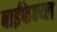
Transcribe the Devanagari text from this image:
बाईफेन्य्ल